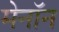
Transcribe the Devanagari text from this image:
मेनॉन